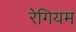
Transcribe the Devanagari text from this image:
रेगियम